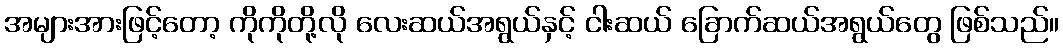
အများအားဖြင့်တော့ ကိုကိုတို့လို လေးဆယ်အရွယ်နှင့် ငါးဆယ် ခြောက်ဆယ်အရွယ်တွေ ဖြစ်သည်။